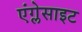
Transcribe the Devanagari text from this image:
एंग्लेसाइट